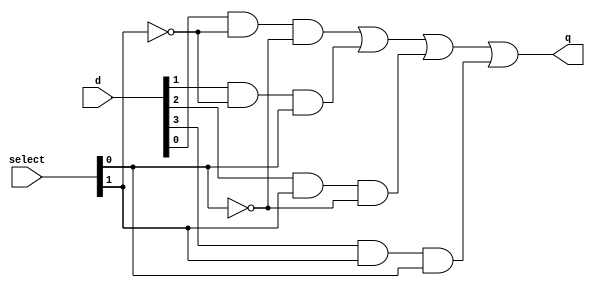
module mux4to1(select,d,q);

	input [1:0]select;
	input [3:0]d;
	output q;

	wire a1,a2,a3,a4;

	assign a1=d[0]&(!select[1])&(!select[0]);
	assign a2=d[1]&(!select[1])&(select[0]);
	assign a3=d[2]&(select[1])&(!select[0]);
	assign a4=d[3]&(select[1])&(select[0]);

	assign q=a1|a2|a3|a4;

endmodule

module mux16to1(select,d,q);

	input [15:0]d;
	input [3:0]select;
	output q;

	wire [3:0]m;

	mux4to1 m1(select[1:0],d[3:0],m[0]);
	mux4to1 m2(select[1:0],d[7:4],m[1]);
	mux4to1 m3(select[1:0],d[11:8],m[2]);
	mux4to1 m4(select[1:0],d[15:12],m[3]);

	mux4to1 m5(select[3:2],m[3:0],q);

endmodule

module tb_mux16to1;

	reg [15:0]d;
    reg [3:0]select;
    wire q;

    mux16to1 mux1(select,d,q);

	initial
		begin
		$monitor(,$time," d=%b | select=%b | out=%b",d,select,q); 

			   d=16'b0000000000000001; select=4'b0000; 
			#3 d=16'b0000000000000010; select=4'b0001; 
			#3 d=16'b0000000000000100; select=4'b0010; 
			#3 d=16'b0000000000001000; select=4'b0011; 
			#3 d=16'b0000000000010000; select=4'b0100; 
			#3 d=16'b0000000000100000; select=4'b0101; 
			#3 d=16'b0000000001000000; select=4'b0110; 
			#3 d=16'b0000000010000000; select=4'b0111; 
			#3 d=16'b0000000100000000; select=4'b1000; 
			#3 d=16'b0000001000000000; select=4'b1001; 
			#3 d=16'b0000010000000000; select=4'b1010; 
			#3 d=16'b0000100000000000; select=4'b1011; 
			#3 d=16'b0001000000000000; select=4'b1100; 
			#3 d=16'b0010000000000000; select=4'b1101; 
			#3 d=16'b0100000000000000; select=4'b1110; 
			#3 d=16'b1000000000000000; select=4'b1111;
		end

	initial
		begin
			$dumpfile("mux16to1.vcd");
			$dumpvars;
		end

endmodule